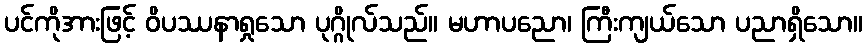
ပင်ကိုအားဖြင့် ဝိပဿနာရှုသော ပုဂ္ဂိုလ်သည်။ မဟာပညော၊ ကြီးကျယ်သော ပညာရှိသော။